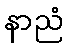
နာညံ